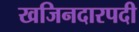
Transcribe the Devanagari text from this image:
खजिनदारपदी